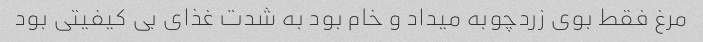
مرغ فقط بوی زردچوبه میداد و خام بود به شدت غذای بی کیفیتی بود